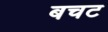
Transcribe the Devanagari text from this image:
बचट